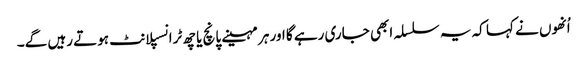
اُنھوں نے کہا کہ یہ سلسلہ ابھی جاری رہے گا اور ہر مہینے پانچ یا چھ ٹرانسپلانٹ ہوتے رہیں گے۔